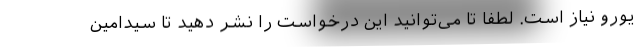
یورو نیاز است. لطفا تا می‌توانید این درخواست را نشر دهید تا سیدامین